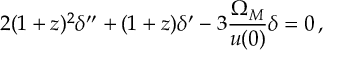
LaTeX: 2 ( 1 + z ) ^ { 2 } \delta ^ { \prime \prime } + ( 1 + z ) \delta ^ { \prime } - 3 \frac { \Omega _ { M } } { u ( 0 ) } \delta = 0 \, ,